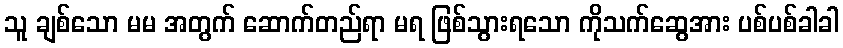
သူ ချစ်သော မမ အတွက် ဆောက်တည်ရာ မရ ဖြစ်သွားရသော ကိုသက်ဆွေအား ပစ်ပစ်ခါခါ